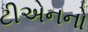
ટીએનનો